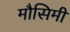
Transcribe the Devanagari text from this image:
मौसिमी